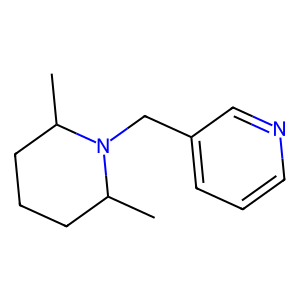
SMILES: CC1CCCC(C)N1Cc1cccnc1
Inhibits HIV replication: No